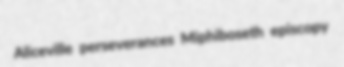
Aliceville perseverances Miphiboseth episcopy